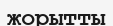
жорытты